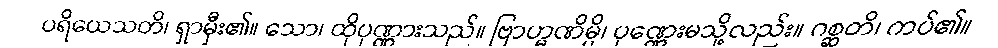
ပရိယေသတိ၊ ရှာမှီး၏။ သော၊ ထိုပုဏ္ဏားသည်။ ဗြာဟ္မဏိမ္ပိ၊ ပုဏ္ဏေးမသို့လည်း။ ဂစ္ဆတိ၊ ကပ်၏။